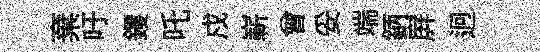
棄吁钁吒戍嶄曾妥端鈵屛迥